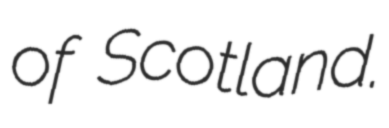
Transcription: of Scotland.